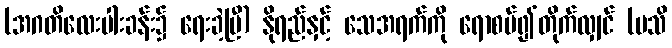
(အဂတိလေးပါးခန်း၌ ရေးခဲ့ပြီ) နိုရည်နှင့် သေအရက်ကို ရောစပ်၍တိုက်လျှင် (မသိ